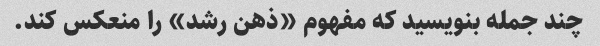
چند جمله بنویسید که مفهوم «ذهن رشد» را منعکس کند.